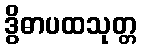
ဒွိဓာပထသုတ္တ